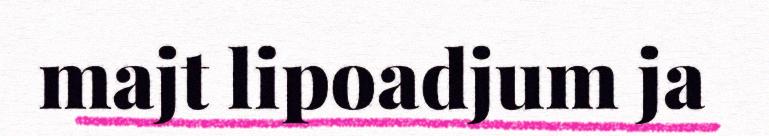
majt lipoadjum ja